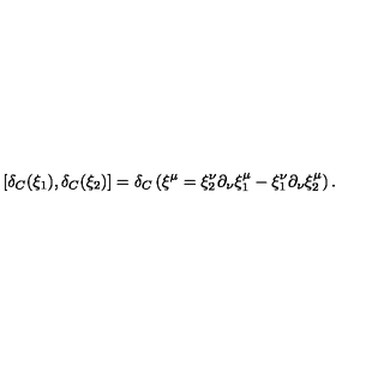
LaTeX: \left[ \delta _ { C } ( \xi _ { 1 } ) , \delta _ { C } ( \xi _ { 2 } ) \right] = \delta _ { C } \left( \xi ^ { \mu } = \xi _ { 2 } ^ { \nu } \partial _ { \nu } \xi _ { 1 } ^ { \mu } - \xi _ { 1 } ^ { \nu } \partial _ { \nu } \xi _ { 2 } ^ { \mu } \right) .